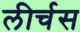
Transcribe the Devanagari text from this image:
लीर्चस